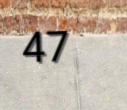
47